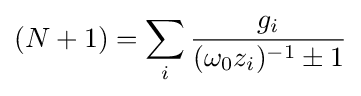
(N+1)=\sum _{i}{\frac {g_{i}}{(\omega _{0}z_{i})^{-1}\pm 1}}